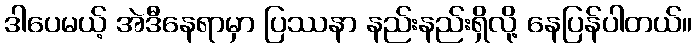
ဒါပေမယ့် အဲဒီနေရာမှာ ပြဿနာ နည်းနည်းရှိလို့ နေပြန်ပါတယ်။